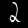
Label: 2